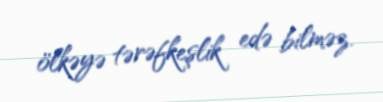
ölkəyə tərəfkeşlik edə bilməz.